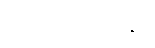
ခွင့်လွှတ်ခြင်းနှင့်